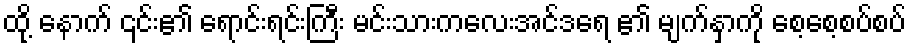
ထို့ နောက် ၎င်း၏ ရောင်းရင်းကြီး မင်းသားကလေးအင်ဒရေ ၏ မျက်နှာကို စေ့စေ့စပ်စပ်